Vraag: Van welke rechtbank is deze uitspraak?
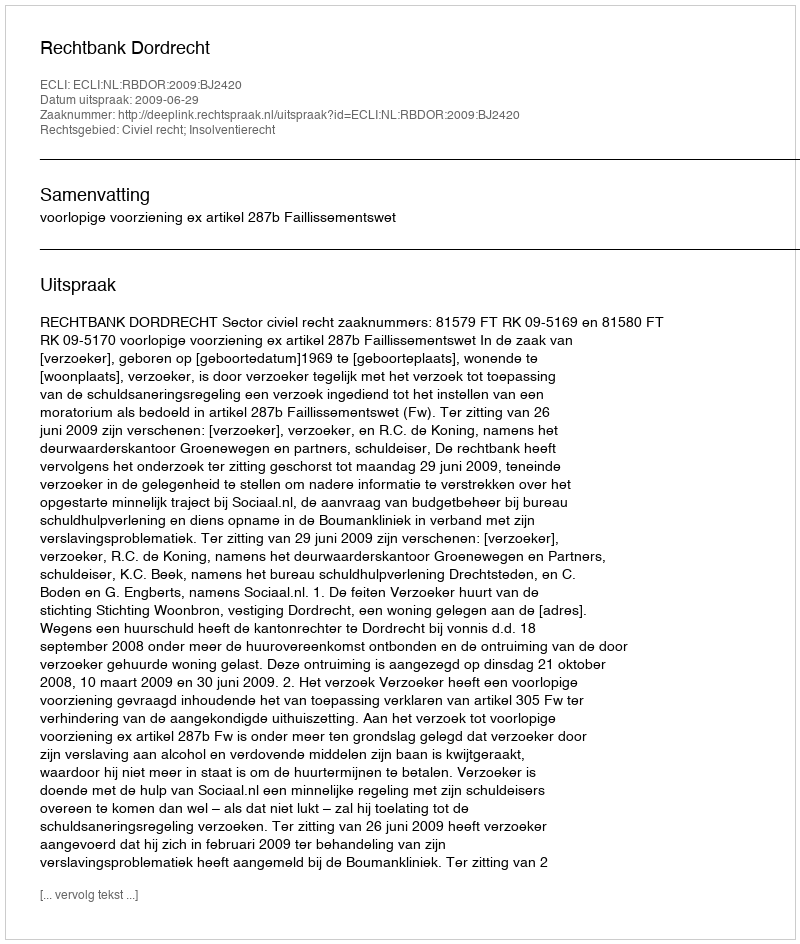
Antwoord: Rechtbank Dordrecht